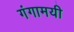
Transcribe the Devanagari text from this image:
गंगामयी